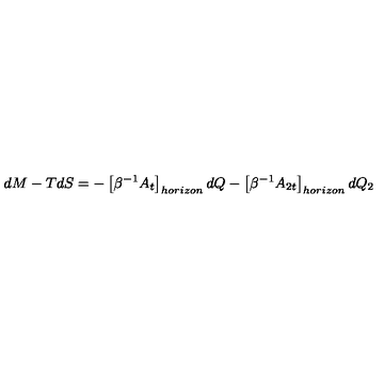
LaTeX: d M - T d S = - \left[ \beta ^ { - 1 } A _ { t } \right] _ { h o r i z o n } d Q - \left[ \beta ^ { - 1 } A _ { 2 t } \right] _ { h o r i z o n } d Q _ { 2 }